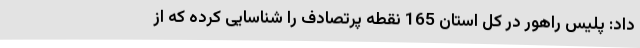
داد: پلیس راهور در کل استان 165 نقطه پرتصادف را شناسایی کرده که از